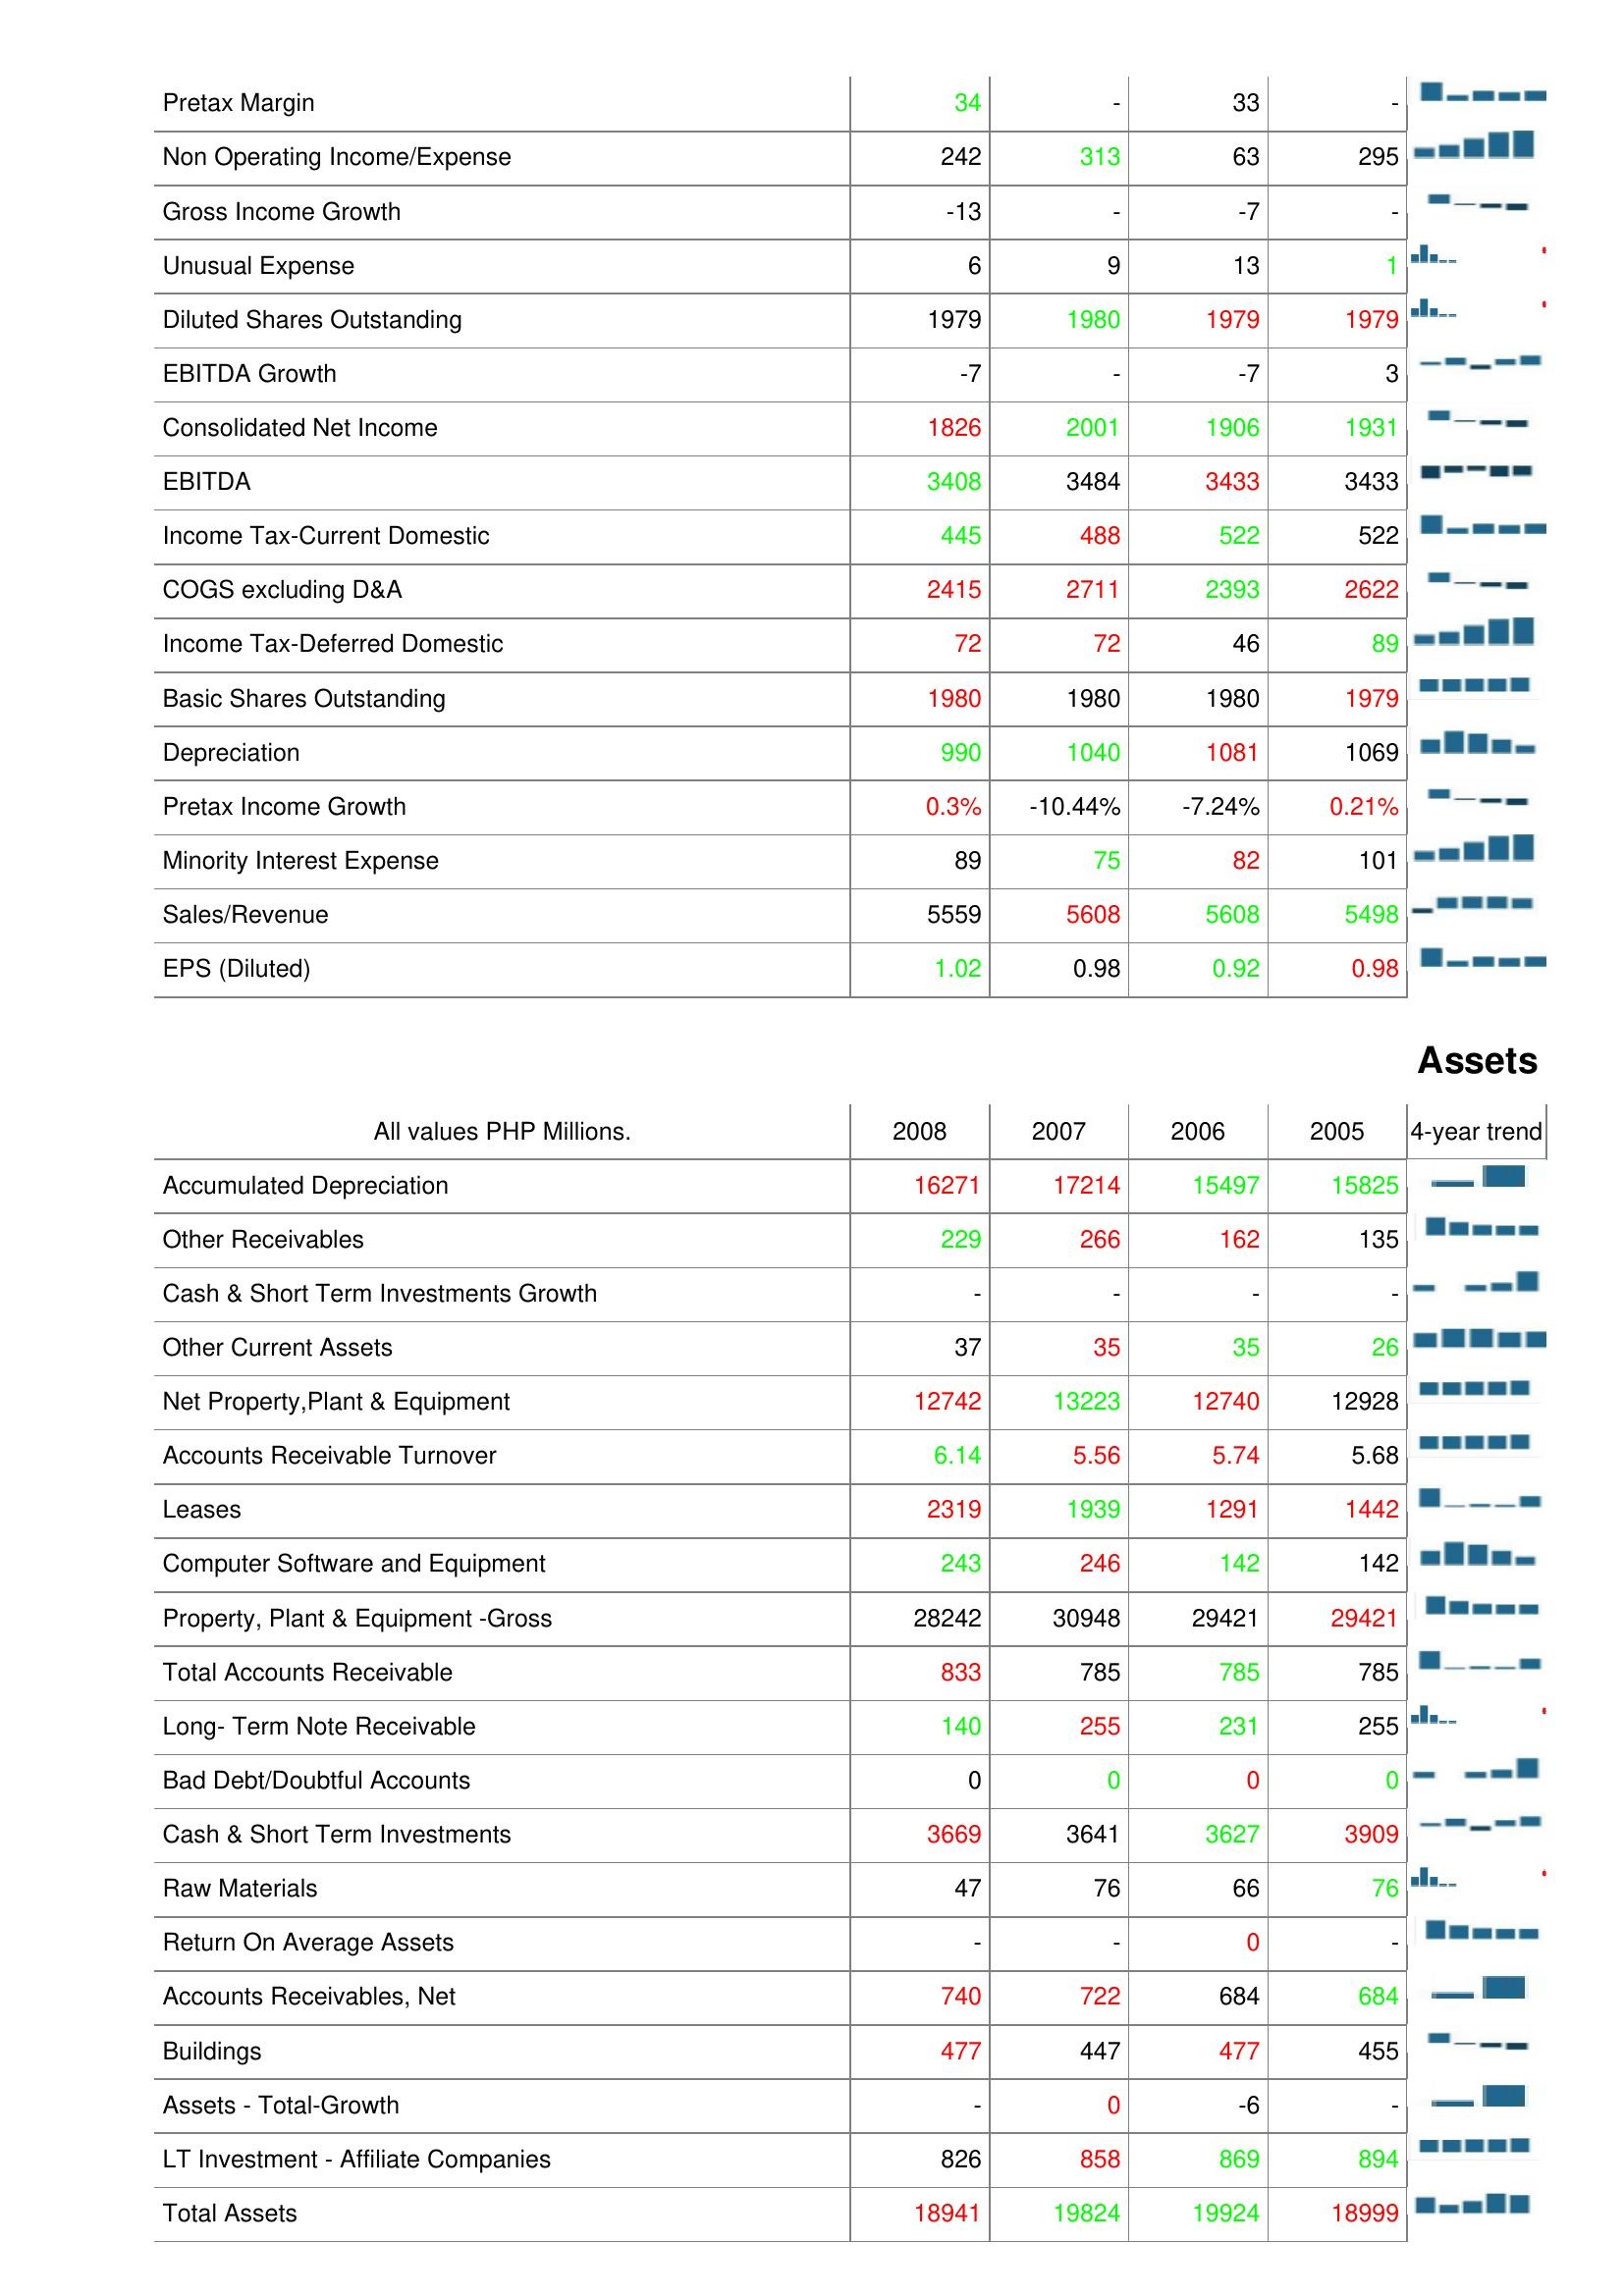
2008: : Pretax Margin: 34
Non Operating Income/Expense: 242
Gross Income Growth: -13
Unusual Expense: 6
Diluted Shares Outstanding: 1979
EBITDA Growth: -7
Consolidated Net Income: 1826
EBITDA: 3408
Income Tax-Current Domestic: 445
COGS excluding D&A: 2415
Income Tax-Deferred Domestic: 72
Basic Shares Outstanding: 1980
Depreciation: 990
Pretax Income Growth: 0.3%
Minority Interest Expense: 89
Sales/Revenue: 5559
EPS (Diluted): 1.02
Assets: Accumulated Depreciation: 16271
Other Receivables: 229
Cash & Short Term Investments Growth: -
Other Current Assets: 37
Net Property,Plant & Equipment: 12742
Accounts Receivable Turnover: 6.14
Leases: 2319
Computer Software and Equipment: 243
Property, Plant & Equipment -Gross: 28242
Total Accounts Receivable: 833
Long- Term Note Receivable: 140
Bad Debt/Doubtful Accounts: 0
Cash & Short Term Investments: 3669
Raw Materials: 47
Return On Average Assets: -
Accounts Receivables, Net: 740
Buildings: 477
Assets - Total-Growth: -
LT Investment - Affiliate Companies: 826
Total Assets: 18941
2007: : Pretax Margin: -
Non Operating Income/Expense: 313
Gross Income Growth: -
Unusual Expense: 9
Diluted Shares Outstanding: 1980
EBITDA Growth: -
Consolidated Net Income: 2001
EBITDA: 3484
Income Tax-Current Domestic: 488
COGS excluding D&A: 2711
Income Tax-Deferred Domestic: 72
Basic Shares Outstanding: 1980
Depreciation: 1040
Pretax Income Growth: -10.44%
Minority Interest Expense: 75
Sales/Revenue: 5608
EPS (Diluted): 0.98
Assets: Accumulated Depreciation: 17214
Other Receivables: 266
Cash & Short Term Investments Growth: -
Other Current Assets: 35
Net Property,Plant & Equipment: 13223
Accounts Receivable Turnover: 5.56
Leases: 1939
Computer Software and Equipment: 246
Property, Plant & Equipment -Gross: 30948
Total Accounts Receivable: 785
Long- Term Note Receivable: 255
Bad Debt/Doubtful Accounts: 0
Cash & Short Term Investments: 3641
Raw Materials: 76
Return On Average Assets: -
Accounts Receivables, Net: 722
Buildings: 447
Assets - Total-Growth: 0
LT Investment - Affiliate Companies: 858
Total Assets: 19824
2006: : Pretax Margin: 33
Non Operating Income/Expense: 63
Gross Income Growth: -7
Unusual Expense: 13
Diluted Shares Outstanding: 1979
EBITDA Growth: -7
Consolidated Net Income: 1906
EBITDA: 3433
Income Tax-Current Domestic: 522
COGS excluding D&A: 2393
Income Tax-Deferred Domestic: 46
Basic Shares Outstanding: 1980
Depreciation: 1081
Pretax Income Growth: -7.24%
Minority Interest Expense: 82
Sales/Revenue: 5608
EPS (Diluted): 0.92
Assets: Accumulated Depreciation: 15497
Other Receivables: 162
Cash & Short Term Investments Growth: -
Other Current Assets: 35
Net Property,Plant & Equipment: 12740
Accounts Receivable Turnover: 5.74
Leases: 1291
Computer Software and Equipment: 142
Property, Plant & Equipment -Gross: 29421
Total Accounts Receivable: 785
Long- Term Note Receivable: 231
Bad Debt/Doubtful Accounts: 0
Cash & Short Term Investments: 3627
Raw Materials: 66
Return On Average Assets: 0
Accounts Receivables, Net: 684
Buildings: 477
Assets - Total-Growth: -6
LT Investment - Affiliate Companies: 869
Total Assets: 19924
2005: : Pretax Margin: -
Non Operating Income/Expense: 295
Gross Income Growth: -
Unusual Expense: 1
Diluted Shares Outstanding: 1979
EBITDA Growth: 3
Consolidated Net Income: 1931
EBITDA: 3433
Income Tax-Current Domestic: 522
COGS excluding D&A: 2622
Income Tax-Deferred Domestic: 89
Basic Shares Outstanding: 1979
Depreciation: 1069
Pretax Income Growth: 0.21%
Minority Interest Expense: 101
Sales/Revenue: 5498
EPS (Diluted): 0.98
Assets: Accumulated Depreciation: 15825
Other Receivables: 135
Cash & Short Term Investments Growth: -
Other Current Assets: 26
Net Property,Plant & Equipment: 12928
Accounts Receivable Turnover: 5.68
Leases: 1442
Computer Software and Equipment: 142
Property, Plant & Equipment -Gross: 29421
Total Accounts Receivable: 785
Long- Term Note Receivable: 255
Bad Debt/Doubtful Accounts: 0
Cash & Short Term Investments: 3909
Raw Materials: 76
Return On Average Assets: -
Accounts Receivables, Net: 684
Buildings: 455
Assets - Total-Growth: -
LT Investment - Affiliate Companies: 894
Total Assets: 18999